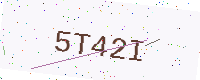
Text: 5T42I